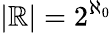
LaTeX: |\mathbb{R}|=2^{\aleph_{0}}